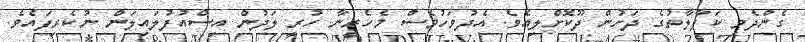
ގެންދެވި ކަފާލާތުގެ ދަށުން ދޫކޮށްލިއެވެ. އެދުވަހުވެސް މެހެރީނާ ހުރީ ލަދުން އިސްއުފުލައިލަން ނުކެރިފައެވެ.